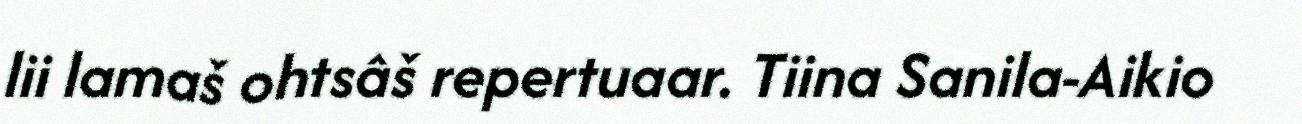
lii lamaš ohtsâš repertuaar. Tiina Sanila-Aikio